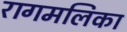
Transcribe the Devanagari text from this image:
रागमलिका